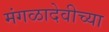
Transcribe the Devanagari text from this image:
मंगळादेवीच्या